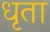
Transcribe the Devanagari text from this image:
धृता